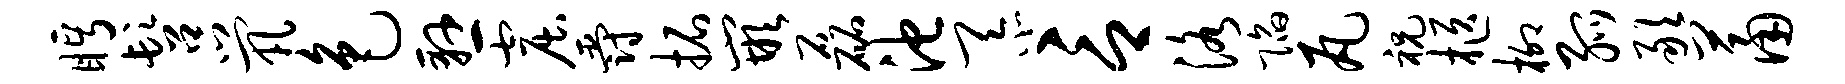
眄髫茕色悬窟爵拓嵌磊池忝言洛陷瓦祝柩柳弧敢萧